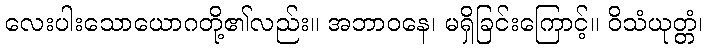
လေးပါးသောယောဂတို့၏လည်း။ အဘာဝနေ၊ မရှိခြင်းကြောင့်။ ဝိသံယုတ္တံ၊